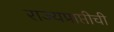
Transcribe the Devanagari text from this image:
राज्यप्राप्तीची